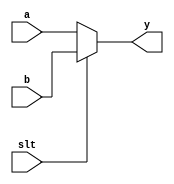
//This is a simple Mux for git and github introduction
//this is another commit
module MUX(input a,
           input b,
           input slt,
           output y);
    assign y = (slt)? b:a;
endmodule